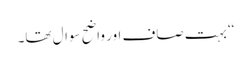
‘‘ بہت صاف اور واضح سوال تھا۔